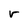
Character: r